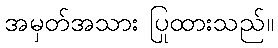
အမှတ်အသား ပြုထားသည်။